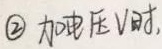
\textcircled{2} 加电压\(V\)时,